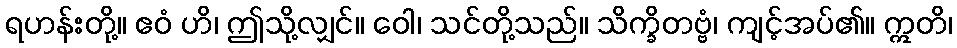
ရဟန်းတို့။ ဧဝံ ဟိ၊ ဤသို့လျှင်။ ဝေါ၊ သင်တို့သည်။ သိက္ခိတဗ္ဗံ၊ ကျင့်အပ်၏။ ဣတိ၊